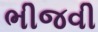
ભીજવી